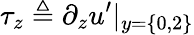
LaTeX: \tau_{z}\triangleq\partial_{z}u^{\prime}|_{y=\{ 0,2\} }